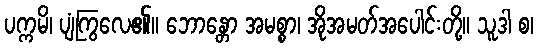
ပက္ကမိ၊ ပျံကြွလေ၏။ ဘောန္တော အမစ္စာ၊ အိုအမတ်အပေါင်းတို့။ သူဒါ စ၊